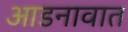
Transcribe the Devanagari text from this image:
आडनावात